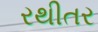
રથીતર